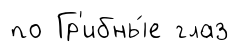
по Гр'ибны́е глаз